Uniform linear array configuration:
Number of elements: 48
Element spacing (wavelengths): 1
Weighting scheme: kaiser
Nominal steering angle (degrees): -15
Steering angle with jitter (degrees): -16.709
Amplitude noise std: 0.05
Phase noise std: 0.05

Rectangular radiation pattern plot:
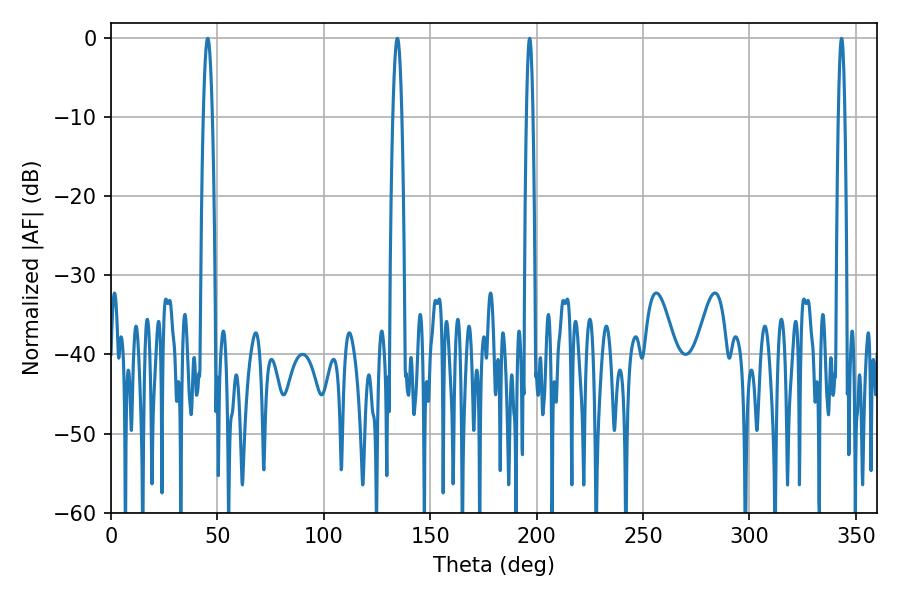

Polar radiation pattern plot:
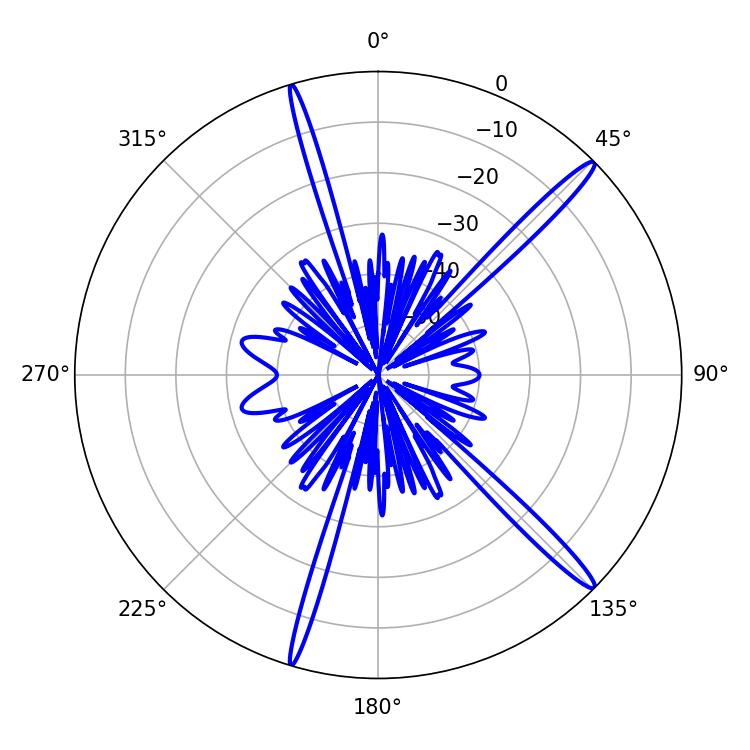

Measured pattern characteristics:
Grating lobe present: TRUE
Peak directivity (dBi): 16.521
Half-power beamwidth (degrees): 1.62
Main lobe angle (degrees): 196.74